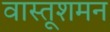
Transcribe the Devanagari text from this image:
वास्तूशमन